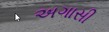
અગાસી